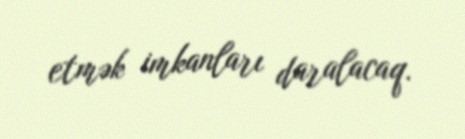
etmək imkanları daralacaq.